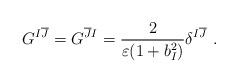
LaTeX: \begin{align*}G^{I\overline{J}}=G^{\overline{J}I}=\frac{2}{\varepsilon(1+b^2_I)}\delta^{I\overline{J}}~.\end{align*}